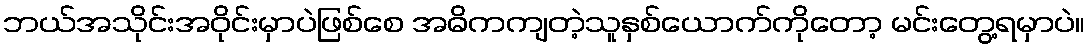
ဘယ်အသိုင်းအဝိုင်းမှာပဲဖြစ်စေ အဓိကကျတဲ့သူနှစ်ယောက်ကိုတော့ မင်းတွေ့ရမှာပဲ။